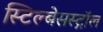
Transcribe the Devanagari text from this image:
स्टिल्बेसस्ट्रॉल